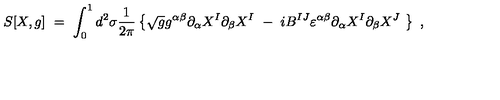
S [ X , g ] \ = \ \int _ { 0 } ^ { 1 } d ^ { 2 } \sigma \frac { 1 } { 2 \pi } \left\{ \sqrt { g } g ^ { \alpha \beta } \partial _ { \alpha } X ^ { I } \partial _ { \beta } X ^ { I } \ - \ i B ^ { I J } \varepsilon ^ { \alpha \beta } \partial _ { \alpha } X ^ { I } \partial _ { \beta } X ^ { J } \ \right\} \ ,